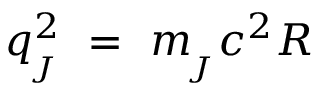
q _ { \! _ { J } } ^ { 2 } \ = \ m _ { \! _ { J } } c ^ { 2 } R